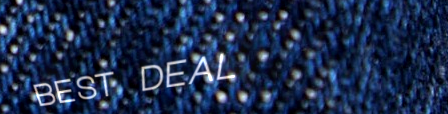
BEST DEAL